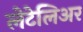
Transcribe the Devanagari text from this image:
लेटेलिअर